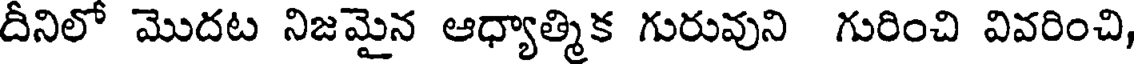
దీనిలో మొదట నిజమైన ఆధ్యాత్మిక గురువుని గురించి వివరించి